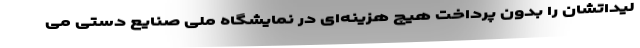
لیداتشان را بدون پرداخت هیچ هزینه‌ای در نمایشگاه ملی صنایع دستی می